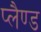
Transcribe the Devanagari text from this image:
प्लैण्ड